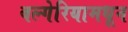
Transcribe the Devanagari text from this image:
बल्गेरियामधून